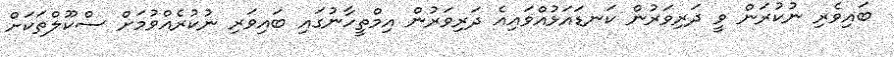
ބައިވެރި ނުކުރަން ވީ ދަރިވަރުން ކަނޑައަޅުއްވައިއެ ދަރިވަރުން އިމްތީހާނުގައި ބައިވަރި ނުކުރެއްވުމަށް ސްކޫލްތަކަށް